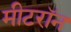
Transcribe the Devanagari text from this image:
मीटरॉन